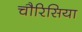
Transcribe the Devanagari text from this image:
चौरिसिया